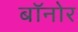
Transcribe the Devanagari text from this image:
बॉनोर